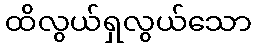
ထိလွယ်ရှလွယ်သော